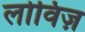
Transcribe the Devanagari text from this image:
लोविज़